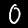
Digit: 0